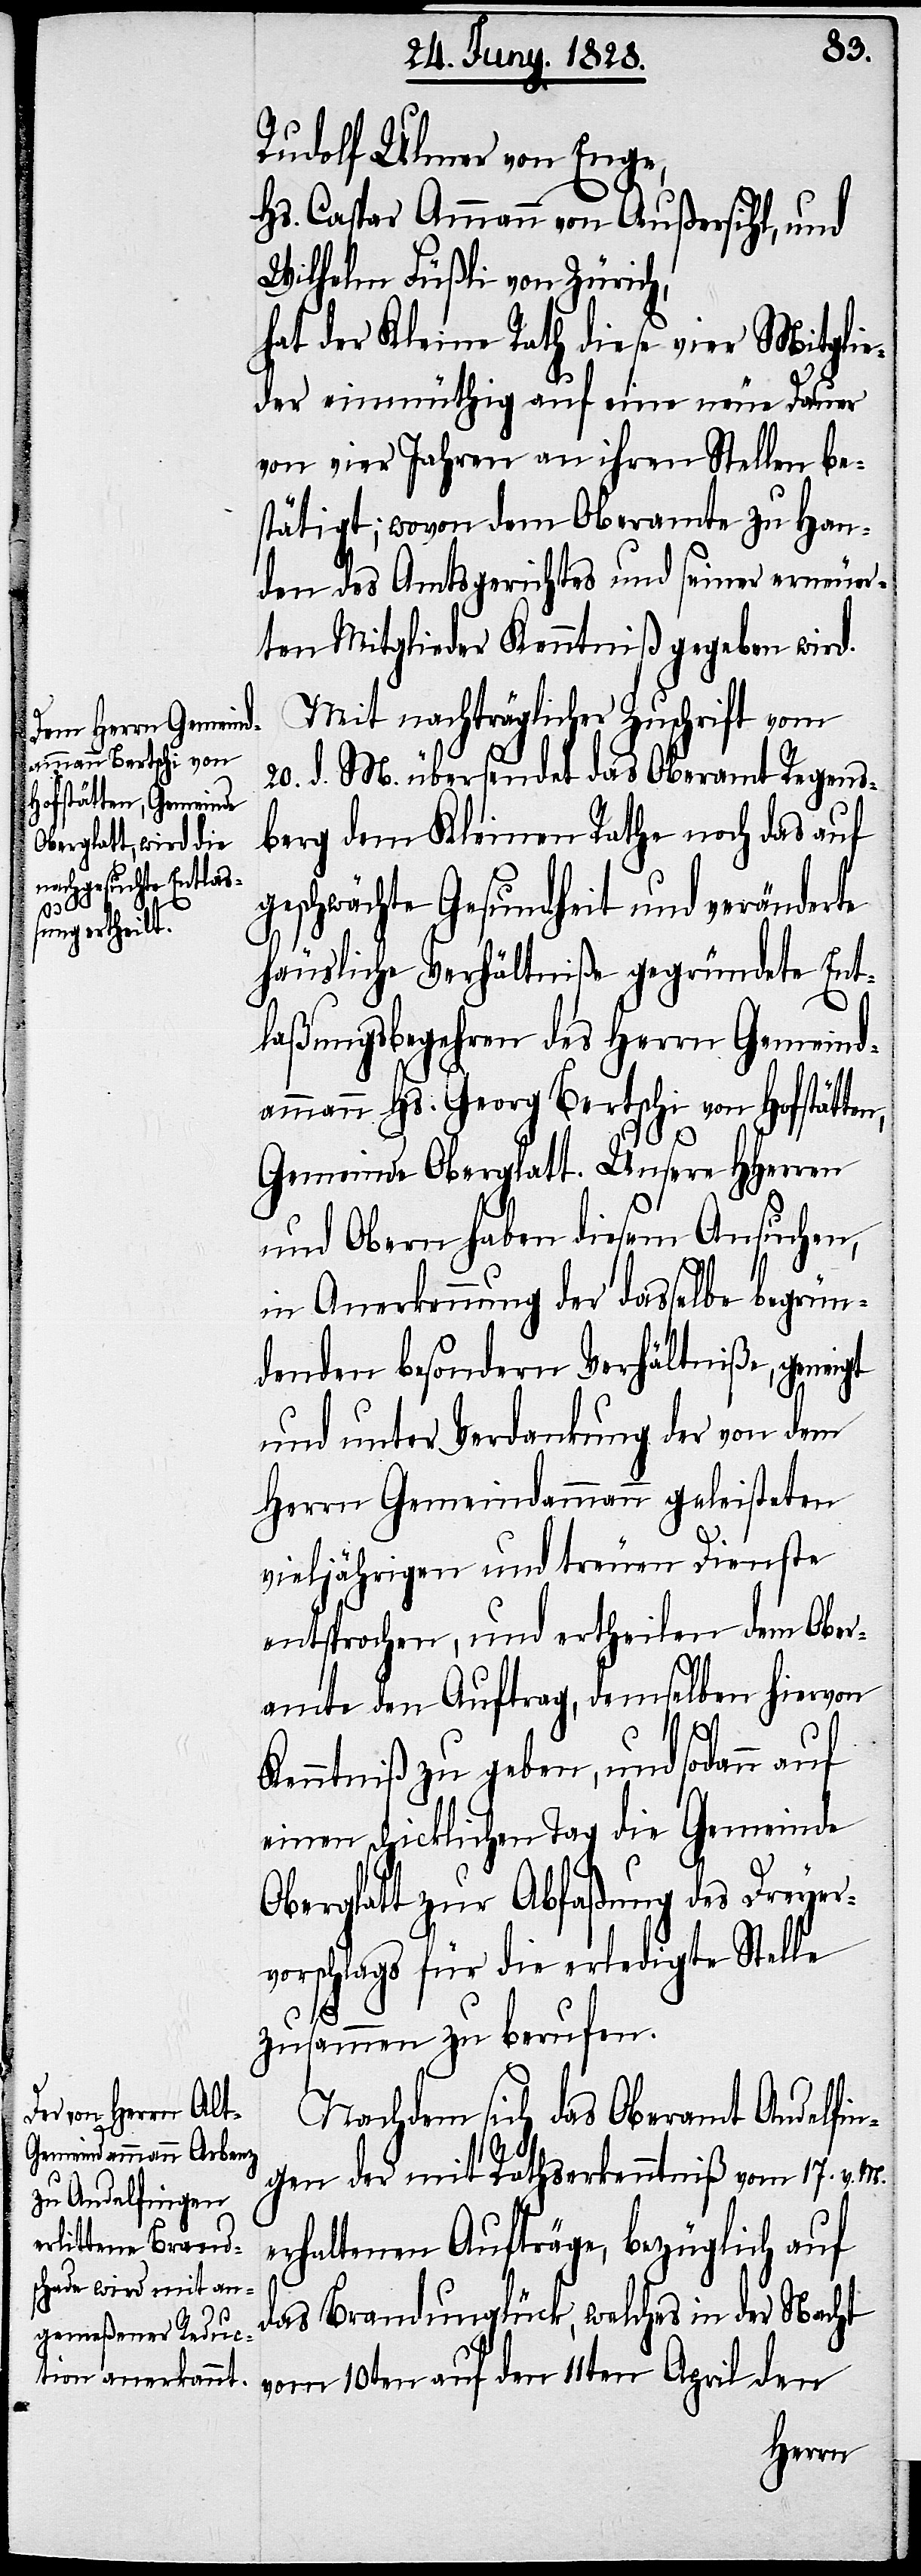
Rudolf Ulmer von Enge,
Hs. Caspar Ammann von Außersihl, und
Wilhelm Füßli von Zürich,
hat der Kleine Rath diese vier Mitglie¬
der einmüthig auf eine neue Dauer
von vier Jahren an ihren Stellen be¬
stätigt; wovon dem Oberamte zu Han¬
den des Amtsgerichtes und seiner erneuer¬
ten Mitglieder Kenntniß gegeben wird.
Mit nachträglicher Zuschrift vom
20. d. M. übersendet das Oberamt Regens¬
berg dem Kleinen Rathe noch das auf
geschwächte Gesundheit und veränderte
häusliche Verhältniße gegründete Ent¬
laßungsbegehren des Herrn Gemeind¬
ammann Hs. Georg Bertschi von Hofstätte¬
Gemeinde Oberglatt. Unsere HHerren
und Obern haben diesem Ansuchen,
in Anerkennung der dasselbe begrün¬
denden besondern Verhältniße, genei¬
und unter Verdankung der von dem
Herrn Gemeindammann geleisteten
n,
vieljährigen und treuen Dienste
entsprochen, und ertheilen dem Ober¬
amte den Auftrag, demselben hiervon
Kenntniß zu geben, und sodann auf
einen schicklichen Tag die Gemeinde
Oberglatt zur Abfaßung des Dreyer¬
vorschlags für die erledigte Stelle
gt
zusammen zu berufen.
Nachdem sich das Oberamt Andelfin¬
gen der mit Rathserkenntniß vom 17. v. M.
erhaltenen Aufträge, bezüglich auf
das Brandunglück, welches in der Nach
vom 10ten auf den 11ten April den